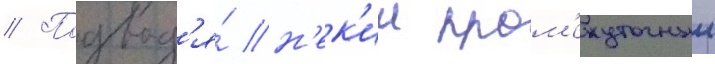
// Подвод'я́ н'ек'ии пром'ежуточныи